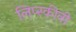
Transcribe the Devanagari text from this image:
लिप्स्कीनी